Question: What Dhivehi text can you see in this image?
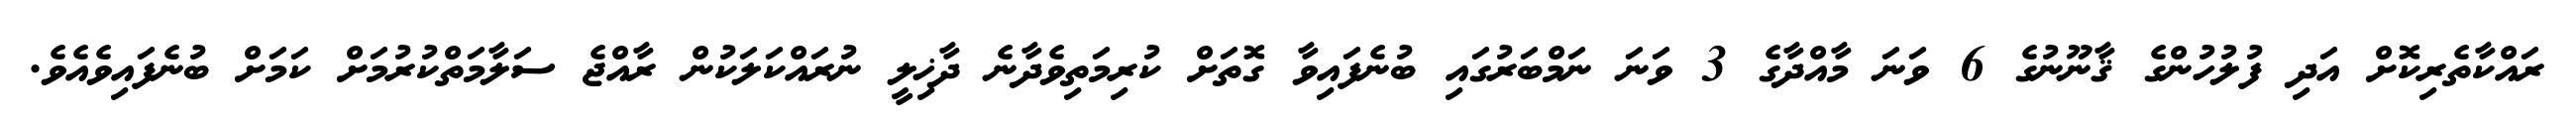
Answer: ރައްކާތެރިކޮށް އަދި ފުލުހުންގެ ޤާނޫނުގެ 6 ވަނަ މާއްދާގެ 3 ވަނަ ނަމްބަރުގައި ބުނެފައިވާ ގޮތަށް ކުރިމަތިވެދާނެ ދާޚިލީ ނުރައްކަލަކުން ރާއްޖެ ސަލާމަތްކުރުމަށް ކަމަށް ބުނެފައިވެއެވެ.